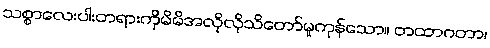
သစ္စာလေးပါးတရားကိုမိမိအလိုလိုသိတော်မူကုန်သော။ တထာဂတာ၊